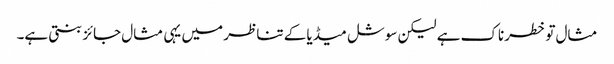
مثال تو خطرناک ہے لیکن سوشل میڈیا کے تناظر میں یہی مثال جائز بنتی ہے۔